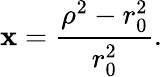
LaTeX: \mathbf{x}={\frac{{{\rho}^{2}-r_{0}^{2}}}{{r_{0}^{2}}}}.